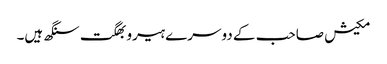
مکیش صاحب کے دوسرے ہیرو بھگت سنگھ ہیں۔